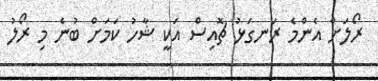
ރޯލަށް އެންމެ ރަނގަޅު ޗޮއިސް އަކީ ޝާހު ކަމަށް ބުނެ މި ރޯލު